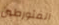
المتورطين